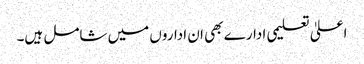
اعلیٰ تعلیمی ادارے بھی ان اداروں میں شامل ہیں۔